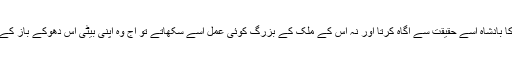
نہ ہی پڑوس ملک کا بادشاہ اسے حقیقت سے آگاہ کرتا اور نہ اس کے ملک کے بزرگ کوئی عمل اسے سکھاتے تو آج وہ اپنی بیٹی اس دھوکے باز کے حوالے کر ہی دیتا۔